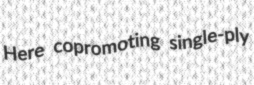
Here copromoting single-ply